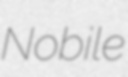
Nobile